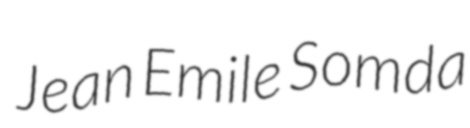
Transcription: Jean Emile Somda